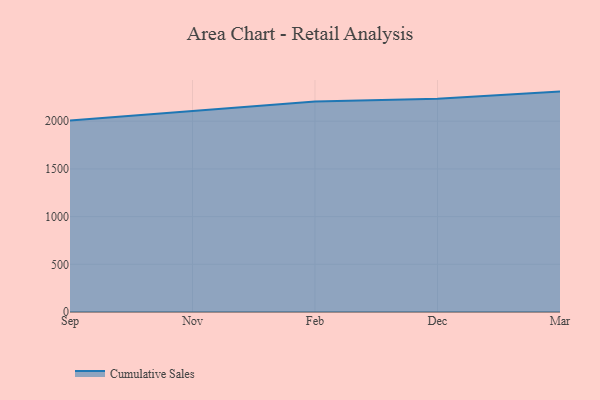
{"axis": {"x": "Month", "y": "Production Output"}, "legend": ["Cumulative Sales"], "data": [{"x": "Sep", "y": 2007.9, "type": "Cumulative Sales"}, {"x": "Nov", "y": 2107.5, "type": "Cumulative Sales"}, {"x": "Feb", "y": 2205.7, "type": "Cumulative Sales"}, {"x": "Dec", "y": 2236.6, "type": "Cumulative Sales"}, {"x": "Mar", "y": 2310.4, "type": "Cumulative Sales"}]}